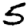
Digit: 5